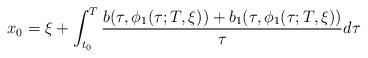
LaTeX: \begin{align*} x_0= \xi + \int_{t_0}^T \frac{b(\tau,\phi_1(\tau;T,\xi))+b_1(\tau,\phi_1(\tau;T,\xi))} {\tau}d\tau\end{align*}